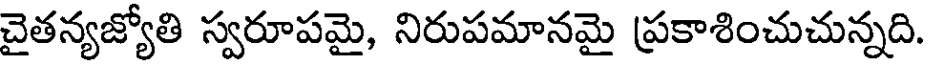
చైతన్యజ్యోతి స్వరూపమై, నిరుపమానమై ప్రకాశించుచున్నది.